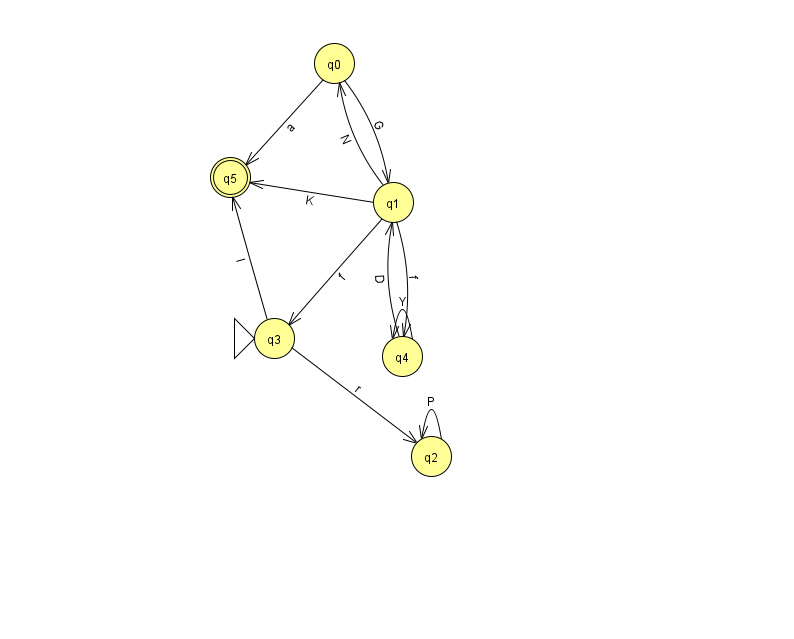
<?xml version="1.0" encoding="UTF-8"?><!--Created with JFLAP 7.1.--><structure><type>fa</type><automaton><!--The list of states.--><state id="0" name="q0"><x>334.0</x><y>50.0</y></state><state id="1" name="q1"><x>393.0</x><y>189.0</y></state><state id="2" name="q2"><x>431.0</x><y>443.0</y></state><state id="3" name="q3"><x>274.0</x><y>325.0</y><initial/></state><state id="4" name="q4"><x>402.0</x><y>343.0</y></state><state id="5" name="q5"><x>230.0</x><y>164.0</y><final/></state><!--The list of transitions.--><transition><from>2</from><to>2</to><read>P</read></transition><transition><from>3</from><to>2</to><read>r</read></transition><transition><from>3</from><to>5</to><read>I</read></transition><transition><from>1</from><to>0</to><read>N</read></transition><transition><from>1</from><to>5</to><read>K</read></transition><transition><from>4</from><to>4</to><read>Y</read></transition><transition><from>1</from><to>3</to><read>f</read></transition><transition><from>0</from><to>5</to><read>a</read></transition><transition><from>4</from><to>1</to><read>D</read></transition><transition><from>0</from><to>1</to><read>G</read></transition><transition><from>1</from><to>4</to><read>f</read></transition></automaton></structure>